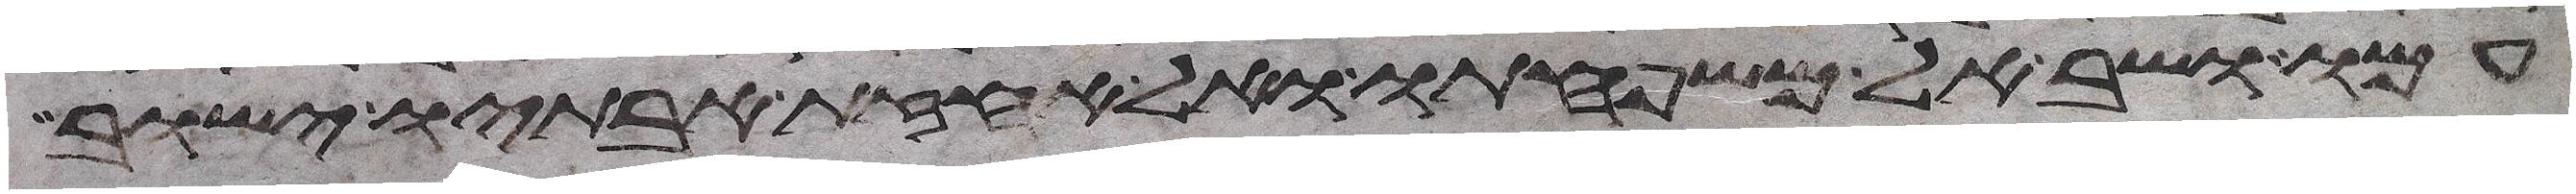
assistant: עמו ושב אל משפחתו ואל אחזת אבתיו ישוב